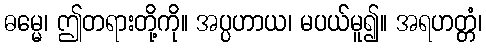
ဓမ္မေ၊ ဤတရားတို့ကို။ အပ္ပဟာယ၊ မပယ်မူ၍။ အရဟတ္တံ၊